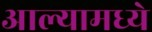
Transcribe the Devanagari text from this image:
आल्यामध्ये